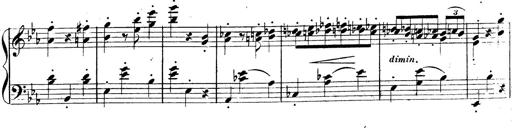
Title: 3 Caprices-Valses
Composer: Franz Liszt